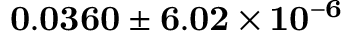
\mathbf { 0 . 0 3 6 0 \pm 6 . 0 2 \times 1 0 ^ { - 6 } }